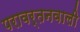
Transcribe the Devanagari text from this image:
परावर्तनवाली